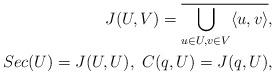
LaTeX: \begin{align*}J(U, V) = \overline{\bigcup_{u\in U, v\in V} \langle u,v \rangle},\\Sec(U) = J(U, U),\ C(q, U) = J(q, U),\end{align*}